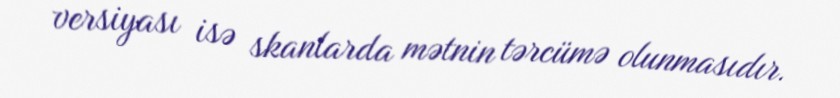
versiyası isə skanlarda mətnin tərcümə olunmasıdır.